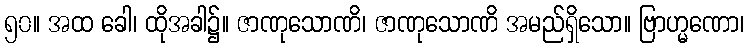
၅၀။ အထ ခေါ၊ ထိုအခါ၌။ ဇာဏုသောဏိ၊ ဇာဏုသောဏိ အမည်ရှိသော။ ဗြာဟ္မဏော၊